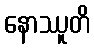
နောဿူတိ